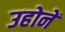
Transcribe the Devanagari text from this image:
उहोनें